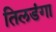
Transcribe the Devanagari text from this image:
तिलडंगा